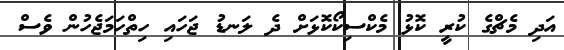
އަދި މެޗްގެ ކުރީ ކޮޅު މެކްސިކޯކޮޅަށް ދެ ލަނޑު ޖަހައި ހިތްހަމަޖެހުން ވެސް